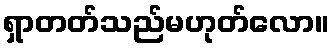
ရှာတတ်သည်မဟုတ်လော။